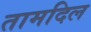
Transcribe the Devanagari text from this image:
तामदिल